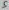
Text: 5